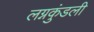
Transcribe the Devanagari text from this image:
लग्नकुंडली